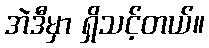
အဲဒီမှာ ရှိသင့်တယ်။